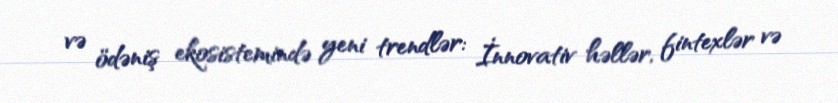
və ödəniş ekosistemində yeni trendlər: İnnovativ həllər, fintexlər və